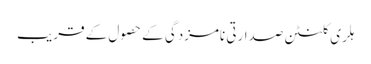
ہلری کلنٹن صدارتی نامزدگی کے حصول کے قریب